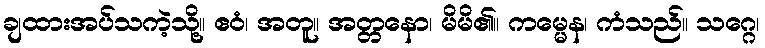
ချထားအပ်သကဲ့သို့။ ဧဝံ၊ အတူ။ အတ္တနော၊ မိမိ၏။ ကမ္မေန၊ ကံသည်။ သဂ္ဂေ၊